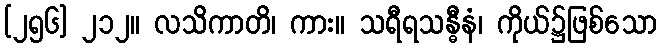
[၂၅၆] ၂၁၂။ လသိကာတိ၊ ကား။ သရီရသန္ဓီနံ၊ ကိုယ်၌ဖြစ်သော